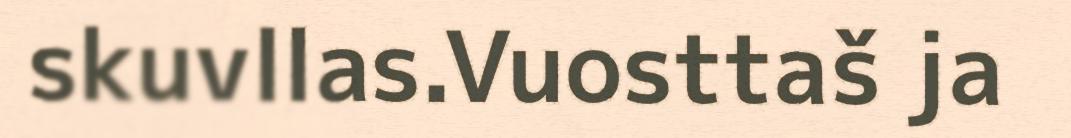
skuvllas.Vuosttaš ja